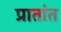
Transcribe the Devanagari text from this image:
प्रातांत